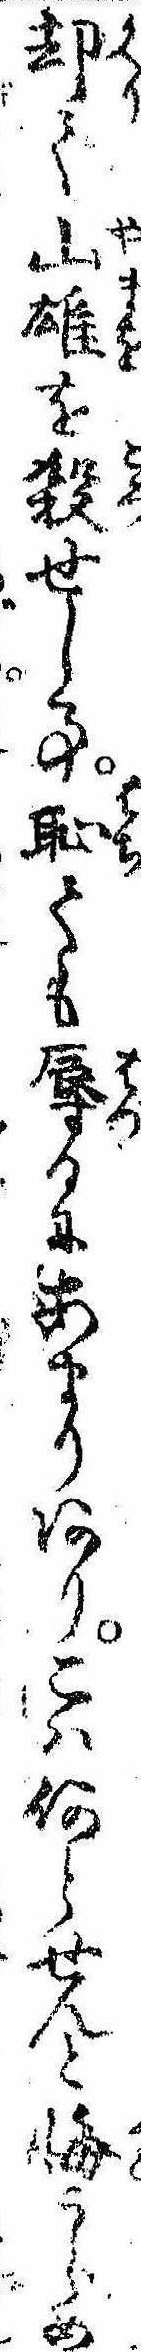
却て山雄を殺せし事恥ても辱るにあまりありこは何とせんと悔うらめ